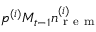
p ^ { ( i ) } M _ { t - 1 } n _ { \mathrm { ~ r ~ e ~ m ~ } } ^ { ( i ) }